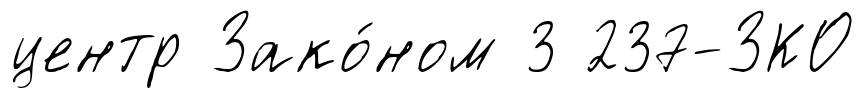
центр Зако́ном 3 237-ЗКО